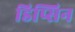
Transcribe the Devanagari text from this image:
डिप्सिन